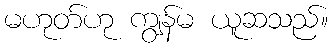
မဟုတ်ဟု ကျွန်မ ယူဆသည်။